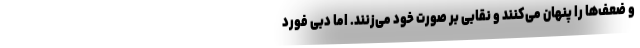
و ضعف‌ها را پنهان می‌کنند و نقابی بر صورت خود می‌زنند. اما دبی فورد